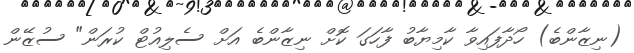
(ނިޒާންބެ) ހޯދާފައިވާ ކާމިޔާބު ފާހަގަ ކޮށް ނިޒާންބެ އަށް ސެލިއުޓް ކުރަން" ސުޒޭން